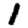
Digit: 1